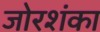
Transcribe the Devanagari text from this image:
जोरशंका